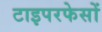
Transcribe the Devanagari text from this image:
टाइपरफेसों